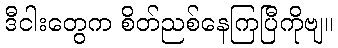
ဒီငါးတွေက စိတ်ညစ်နေကြပြီကိုဗျ။